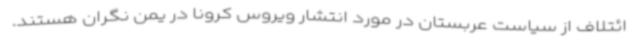
ائتلاف از سیاست عربستان در مورد انتشار ویروس کرونا در یمن نگران هستند.